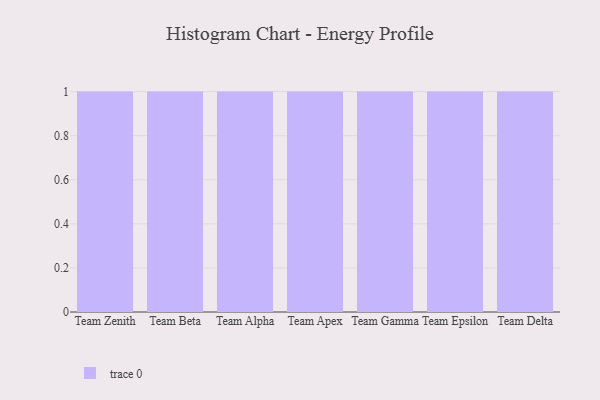
{"axis": {"x": "Team", "y": "Energy Usage (MWh)"}, "legend": [""], "data": [{"x": "Team Zenith", "y": 39, "type": ""}, {"x": "Team Beta", "y": 14, "type": ""}, {"x": "Team Alpha", "y": 98, "type": ""}, {"x": "Team Apex", "y": 85, "type": ""}, {"x": "Team Gamma", "y": 73, "type": ""}, {"x": "Team Epsilon", "y": 3, "type": ""}, {"x": "Team Delta", "y": 19, "type": ""}]}